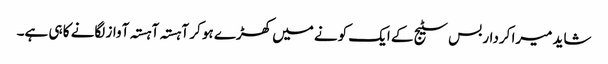
شاید میرا کردار بس سٹیج کے ایک کونے میں کھڑے ہو کر آہستہ آہستہ آواز لگانے کا ہی ہے۔